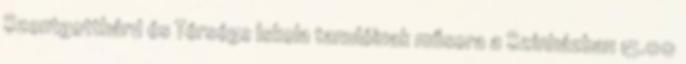
Szentgotthárd és Térsége Iskola tanulóinak műsora a Színházban 15.00